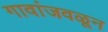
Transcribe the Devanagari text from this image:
गावांजवळून